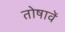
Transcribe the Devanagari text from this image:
तोषावें